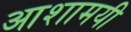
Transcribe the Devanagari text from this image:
आशामयी